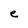
Character: e